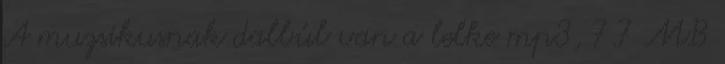
A muzsikusnak dalbúl van a lelke mp3, 7.7 MB